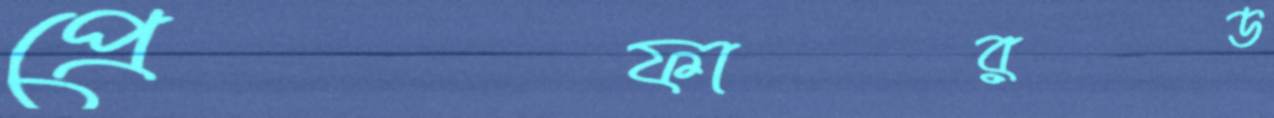
প্রেফারড